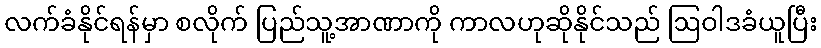
လက်ခံနိုင်ရန်မှာ စလိုက် ပြည်သူ့အာဏာကို ကာလဟုဆိုနိုင်သည် ဩဝါဒခံယူပြီး